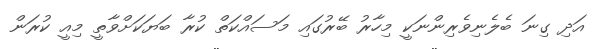
އަދި ގިނަ ބެލެނިވެރިންނަކީ މިހާރު ބޭރުގައި މަސައްކަތް ކުރާ ބަޔަކަށްވާތީ މިއީ ކުރަން